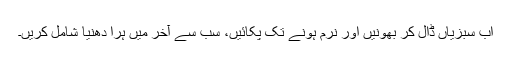
اب سبزیاں ڈال کر بھونیں اور نرم ہونے تک پکائیں، سب سے آخر میں ہرا دھنیا شامل کریں۔